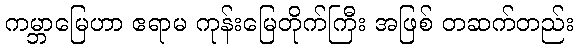
ကမ္ဘာမြေဟာ ဧရာမ ကုန်းမြေတိုက်ကြီး အဖြစ် တဆက်တည်း